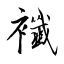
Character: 襳